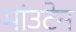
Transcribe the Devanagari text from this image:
मांउटेन